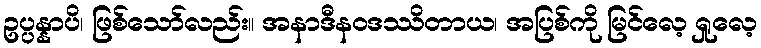
ဥပ္ပန္နာပိ၊ ဖြစ်သော်လည်း။ အနာဒီနဝဒဿိတာယ၊ အပြစ်ကို မြင်လေ့ ရှုလေ့